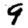
Digit: 9